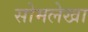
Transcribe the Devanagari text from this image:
सोमलेखा